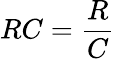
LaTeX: RC=\frac{R}{C}